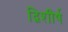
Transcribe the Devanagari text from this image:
द्विशीर्ष